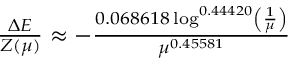
\begin{array} { r } { \frac { \Delta E } { Z ( \mu ) } \approx - \frac { 0 . 0 6 8 6 1 8 \log ^ { 0 . 4 4 4 2 0 } \left( \frac { 1 } { \mu } \right) } { \mu ^ { 0 . 4 5 5 8 1 } } } \end{array}